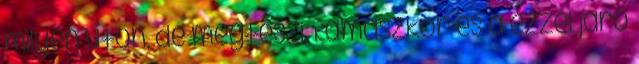
milyen úton, de megteszi. Kamaszkor és a ezzel járó